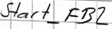
Text: Start_FB2